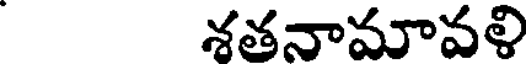
శతనామావళి